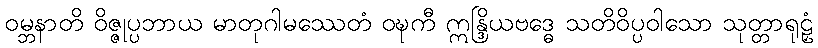
ဝမ္ဘနာတိ ဝိဇ္ဇုပ္ပဘာယ မာတုဂါမဿေတံ ဝဍ္ဎကီ ဣန္ဒြိယဗဒ္ဓေ သတိဝိပ္ပဝါသော သုတ္တာရုဠှံ